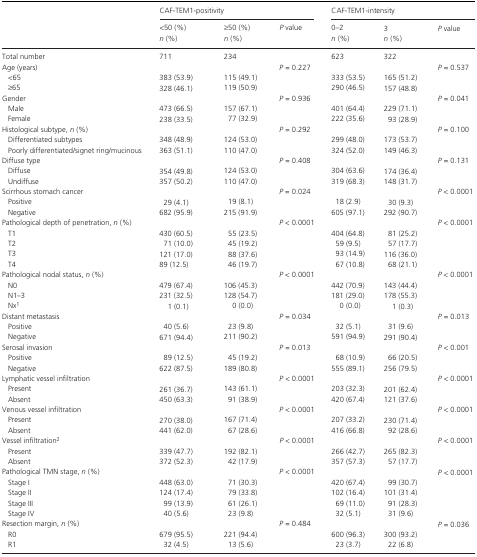
<table><thead><tr><td></td><td colspan="3"><b>CAF-TEM1-positivity</b></td><td colspan="3"><b>CAF-TEM1-intensity</b></td></tr><tr><td></td><td><b>&lt;50 (%)<i>n</i> (%)</b></td><td><b>≥50 (%)<i>n</i> (%)</b></td><td><b><i>P</i> value</b></td><td><b>0–2<i>n</i> (%)</b></td><td><b>3<i>n</i> (%)</b></td><td><b><i>P</i> value</b></td></tr></thead><tbody><tr><td>Total number</td><td>711</td><td>234</td><td></td><td>623</td><td>322</td><td></td></tr><tr><td>Age (years)</td><td></td><td></td><td><i>P </i>=<i> </i>0.227</td><td></td><td></td><td><i>P </i>=<i> </i>0.537</td></tr><tr><td> &lt;65</td><td>383 (53.9)</td><td>115 (49.1)</td><td></td><td>333 (53.5)</td><td>165 (51.2)</td><td></td></tr><tr><td> ≥65</td><td>328 (46.1)</td><td>119 (50.9)</td><td></td><td>290 (46.5)</td><td>157 (48.8)</td><td></td></tr><tr><td>Gender</td><td></td><td></td><td><i>P </i>=<i> </i>0.936</td><td></td><td></td><td><i>P </i>=<i> </i>0.041</td></tr><tr><td> Male</td><td>473 (66.5)</td><td>157 (67.1)</td><td></td><td>401 (64.4)</td><td>229 (71.1)</td><td></td></tr><tr><td> Female</td><td>238 (33.5)</td><td>77 (32.9)</td><td></td><td>222 (35.6)</td><td>93 (28.9)</td><td></td></tr><tr><td>Histological subtype, <i>n</i> (%)</td><td></td><td></td><td><i>P </i>=<i> </i>0.292</td><td></td><td></td><td><i>P </i>=<i> </i>0.100</td></tr><tr><td> Differentiated subtypes</td><td>348 (48.9)</td><td>124 (53.0)</td><td></td><td>299 (48.0)</td><td>173 (53.7)</td><td></td></tr><tr><td> Poorly differentiated/signet ring/mucinous</td><td>363 (51.1)</td><td>110 (47.0)</td><td></td><td>324 (52.0)</td><td>149 (46.3)</td><td></td></tr><tr><td>Diffuse type</td><td></td><td></td><td><i>P </i>=<i> </i>0.408</td><td></td><td></td><td><i>P </i>=<i> </i>0.131</td></tr><tr><td> Diffuse</td><td>354 (49.8)</td><td>124 (53.0)</td><td></td><td>304 (63.6)</td><td>174 (36.4)</td><td></td></tr><tr><td> Undiffuse</td><td>357 (50.2)</td><td>110 (47.0)</td><td></td><td>319 (68.3)</td><td>148 (31.7)</td><td></td></tr><tr><td>Scirrhous stomach cancer</td><td></td><td></td><td><i>P </i>=<i> </i>0.024</td><td></td><td></td><td><i>P </i>&lt;<i> </i>0.0001</td></tr><tr><td> Positive</td><td>29 (4.1)</td><td>19 (8.1)</td><td></td><td>18 (2.9)</td><td>30 (9.3)</td><td></td></tr><tr><td> Negative</td><td>682 (95.9)</td><td>215 (91.9)</td><td></td><td>605 (97.1)</td><td>292 (90.7)</td><td></td></tr><tr><td>Pathological depth of penetration, <i>n</i> (%)</td><td></td><td></td><td><i>P </i>&lt;<i> </i>0.0001</td><td></td><td></td><td><i>P </i>&lt;<i> </i>0.0001</td></tr><tr><td> T1</td><td>430 (60.5)</td><td>55 (23.5)</td><td></td><td>404 (64.8)</td><td>81 (25.2)</td><td></td></tr><tr><td> T2</td><td>71 (10.0)</td><td>45 (19.2)</td><td></td><td>59 (9.5)</td><td>57 (17.7)</td><td></td></tr><tr><td> T3</td><td>121 (17.0)</td><td>88 (37.6)</td><td></td><td>93 (14.9)</td><td>116 (36.0)</td><td></td></tr><tr><td> T4</td><td>89 (12.5)</td><td>46 (19.7)</td><td></td><td>67 (10.8)</td><td>68 (21.1)</td><td></td></tr><tr><td>Pathological nodal status, <i>n</i> (%)</td><td></td><td></td><td><i>P </i>&lt;<i> </i>0.0001</td><td></td><td></td><td><i>P </i>&lt;<i> </i>0.0001</td></tr><tr><td> N0</td><td>479 (67.4)</td><td>106 (45.3)</td><td></td><td>442 (70.9)</td><td>143 (44.4)</td><td></td></tr><tr><td> N1–3</td><td>231 (32.5)</td><td>128 (54.7)</td><td></td><td>181 (29.0)</td><td>178 (55.3)</td><td></td></tr><tr><td> Nx1</td><td>1 (0.1)</td><td>0 (0.0)</td><td></td><td>0 (0.0)</td><td>1 (0.3)</td><td></td></tr><tr><td>Distant metastasis</td><td></td><td></td><td><i>P </i>=<i> </i>0.034</td><td></td><td></td><td><i>P </i>=<i> </i>0.013</td></tr><tr><td> Positive</td><td>40 (5.6)</td><td>23 (9.8)</td><td></td><td>32 (5.1)</td><td>31 (9.6)</td><td></td></tr><tr><td> Negative</td><td>671 (94.4)</td><td>211 (90.2)</td><td></td><td>591 (94.9)</td><td>291 (90.4)</td><td></td></tr><tr><td>Serosal invasion</td><td></td><td></td><td><i>P </i>=<i> </i>0.013</td><td></td><td></td><td><i>P </i>&lt;<i> </i>0.001</td></tr><tr><td> Positive</td><td>89 (12.5)</td><td>45 (19.2)</td><td></td><td>68 (10.9)</td><td>66 (20.5)</td><td></td></tr><tr><td> Negative</td><td>622 (87.5)</td><td>189 (80.8)</td><td></td><td>555 (89.1)</td><td>256 (79.5)</td><td></td></tr><tr><td>Lymphatic vessel infiltration</td><td></td><td></td><td><i>P </i>&lt;<i> </i>0.0001</td><td></td><td></td><td><i>P </i>&lt;<i> </i>0.0001</td></tr><tr><td> Present</td><td>261 (36.7)</td><td>143 (61.1)</td><td></td><td>203 (32.3)</td><td>201 (62.4)</td><td></td></tr><tr><td> Absent</td><td>450 (63.3)</td><td>91 (38.9)</td><td></td><td>420 (67.4)</td><td>121 (37.6)</td><td></td></tr><tr><td>Venous vessel infiltration</td><td></td><td></td><td><i>P </i>&lt;<i> </i>0.0001</td><td></td><td></td><td><i>P </i>&lt;<i> </i>0.0001</td></tr><tr><td> Present</td><td>270 (38.0)</td><td>167 (71.4)</td><td></td><td>207 (33.2)</td><td>230 (71.4)</td><td></td></tr><tr><td> Absent</td><td>441 (62.0)</td><td>67 (28.6)</td><td></td><td>416 (66.8)</td><td>92 (28.6)</td><td></td></tr><tr><td>Vessel infiltration2</td><td></td><td></td><td><i>P </i>&lt;<i> </i>0.0001</td><td></td><td></td><td><i>P </i>&lt;<i> </i>0.0001</td></tr><tr><td> Present</td><td>339 (47.7)</td><td>192 (82.1)</td><td></td><td>266 (42.7)</td><td>265 (82.3)</td><td></td></tr><tr><td> Absent</td><td>372 (52.3)</td><td>42 (17.9)</td><td></td><td>357 (57.3)</td><td>57 (17.7)</td><td></td></tr><tr><td>Pathological TMN stage, <i>n</i> (%)</td><td></td><td></td><td><i>P </i>&lt;<i> </i>0.0001</td><td></td><td></td><td><i>P </i>&lt;<i> </i>0.0001</td></tr><tr><td> Stage I</td><td>448 (63.0)</td><td>71 (30.3)</td><td></td><td>420 (67.4)</td><td>99 (30.7)</td><td></td></tr><tr><td> Stage II</td><td>124 (17.4)</td><td>79 (33.8)</td><td></td><td>102 (16.4)</td><td>101 (31.4)</td><td></td></tr><tr><td> Stage III</td><td>99 (13.9)</td><td>61 (26.1)</td><td></td><td>69 (11.0)</td><td>91 (28.3)</td><td></td></tr><tr><td> Stage IV</td><td>40 (5.6)</td><td>23 (9.8)</td><td></td><td>32 (5.1)</td><td>31 (9.6)</td><td></td></tr><tr><td>Resection margin, <i>n</i> (%)</td><td></td><td></td><td><i>P </i>=<i> </i>0.484</td><td></td><td></td><td><i>P </i>=<i> </i>0.036</td></tr><tr><td> R0</td><td>679 (95.5)</td><td>221 (94.4)</td><td></td><td>600 (96.3)</td><td>300 (93.2)</td><td></td></tr><tr><td> R1</td><td>32 (4.5)</td><td>13 (5.6)</td><td></td><td>23 (3.7)</td><td>22 (6.8)</td><td></td></tr></tbody></table>